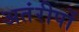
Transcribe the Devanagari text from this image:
अतंरीपों